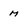
Character: M